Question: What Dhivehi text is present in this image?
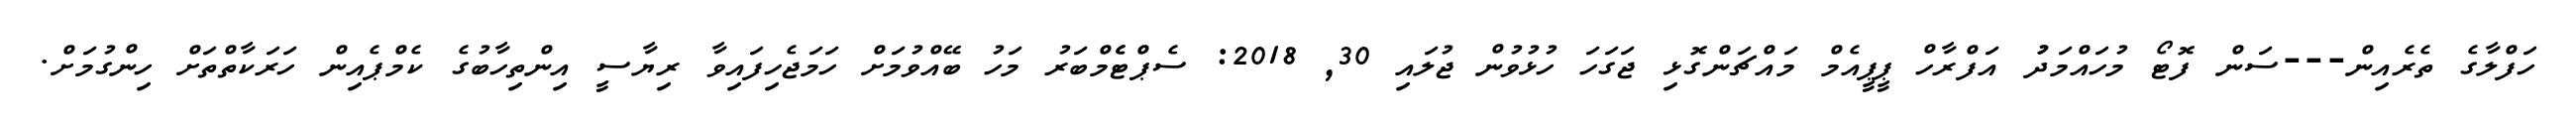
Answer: ހަފްލާގެ ތެރެއިން---ސަން ފޮޓޯ މުހައްމަދުު އަފްރާހް ޕީޕީއެމް މައްޗަންގޮޅި ޖަގަހަ ހުޅުވުން ޖުލައި 30, 2018: ސެޕްޓެެމްބަރު މަހު ބޭއްވުމަށް ހަމަޖެހިފައިވާ ރިޔާސީ އިންތިހާބުގެ ކެމްޕެއިން ހަރަކާތްތަށް ހިންގުމަށް.